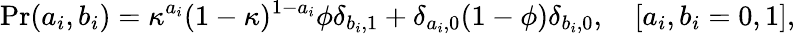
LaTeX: \mathrm{Pr}(a_{i},b_{i})=\kappa^{a_{i}}(1-\kappa)^{1-a_{i}}\phi\delta_{b_{i},1}+\delta_{a_{i},0}(1-\phi)\delta_{b_{i},0},\quad[a_{i},b_{i}=0,1],